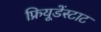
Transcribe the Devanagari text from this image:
फ्रियूडेंस्टाट